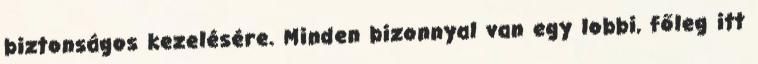
biztonságos kezelésére. Minden bizonnyal van egy lobbi, főleg itt